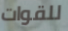
للقوات